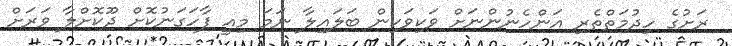
ރަށުގެ ހިދުމަތްތެރި އަންހެނުންނަށް ވަކިވަކިން ބަލައިލާ ނަމަ މިއީ ފާހަގަނުކޮށް ދޫކޮށްލާ ވަރަށް